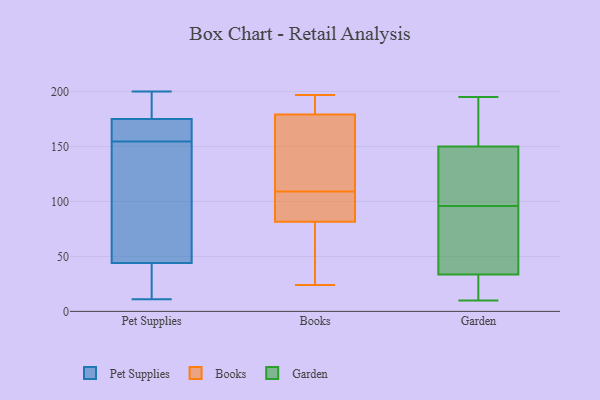
{"axis": {"x": "Revenue (USD Million)", "y": "Value"}, "legend": ["Books", "Garden", "Pet Supplies"], "data": [{"x": "", "y": 162, "type": "Pet Supplies"}, {"x": "", "y": 175, "type": "Pet Supplies"}, {"x": "", "y": 92, "type": "Pet Supplies"}, {"x": "", "y": 200, "type": "Pet Supplies"}, {"x": "", "y": 33, "type": "Pet Supplies"}, {"x": "", "y": 175, "type": "Pet Supplies"}, {"x": "", "y": 11, "type": "Pet Supplies"}, {"x": "", "y": 153, "type": "Pet Supplies"}, {"x": "", "y": 156, "type": "Pet Supplies"}, {"x": "", "y": 35, "type": "Pet Supplies"}, {"x": "", "y": 178, "type": "Pet Supplies"}, {"x": "", "y": 53, "type": "Pet Supplies"}, {"x": "", "y": 197, "type": "Books"}, {"x": "", "y": 58, "type": "Books"}, {"x": "", "y": 98, "type": "Books"}, {"x": "", "y": 99, "type": "Books"}, {"x": "", "y": 24, "type": "Books"}, {"x": "", "y": 130, "type": "Books"}, {"x": "", "y": 86, "type": "Books"}, {"x": "", "y": 197, "type": "Books"}, {"x": "", "y": 49, "type": "Books"}, {"x": "", "y": 80, "type": "Books"}, {"x": "", "y": 109, "type": "Books"}, {"x": "", "y": 183, "type": "Books"}, {"x": "", "y": 181, "type": "Books"}, {"x": "", "y": 146, "type": "Books"}, {"x": "", "y": 174, "type": "Books"}, {"x": "", "y": 82, "type": "Garden"}, {"x": "", "y": 93, "type": "Garden"}, {"x": "", "y": 120, "type": "Garden"}, {"x": "", "y": 44, "type": "Garden"}, {"x": "", "y": 99, "type": "Garden"}, {"x": "", "y": 178, "type": "Garden"}, {"x": "", "y": 10, "type": "Garden"}, {"x": "", "y": 195, "type": "Garden"}, {"x": "", "y": 166, "type": "Garden"}, {"x": "", "y": 110, "type": "Garden"}, {"x": "", "y": 119, "type": "Garden"}, {"x": "", "y": 17, "type": "Garden"}, {"x": "", "y": 67, "type": "Garden"}, {"x": "", "y": 34, "type": "Garden"}, {"x": "", "y": 134, "type": "Garden"}, {"x": "", "y": 19, "type": "Garden"}, {"x": "", "y": 33, "type": "Garden"}, {"x": "", "y": 177, "type": "Garden"}, {"x": "", "y": 26, "type": "Garden"}, {"x": "", "y": 181, "type": "Garden"}]}